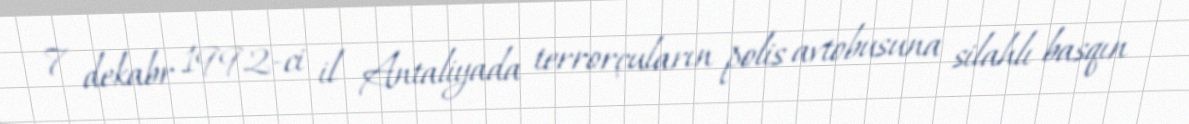
7 dekabr 1992-ci il Antaliyada terrorçuların polis avtobusuna silahlı basqın